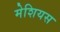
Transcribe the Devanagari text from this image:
मेशियस